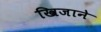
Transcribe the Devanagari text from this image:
खिजाने